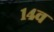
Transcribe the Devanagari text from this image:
१४व